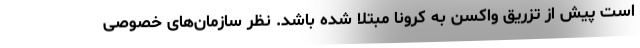
است پیش از تزریق واکسن به کرونا مبتلا شده باشد. نظر سازمان‌های خصوصی